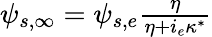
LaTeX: \begin{array}{r}{\psi_{s,\infty}=\psi_{s,e}\frac{\eta}{\eta+i_{e}\kappa^{*}}}\end{array}